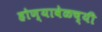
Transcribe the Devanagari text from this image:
होण्यावेळच्यी